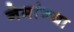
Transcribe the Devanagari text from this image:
नेमांन्या